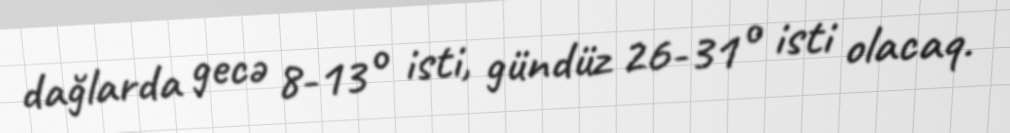
dağlarda gecə 8-13° isti, gündüz 26-31° isti olacaq.